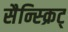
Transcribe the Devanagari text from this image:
सैन्स्क्रिट्